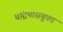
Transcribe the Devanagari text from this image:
चांद्रमासयुक्त